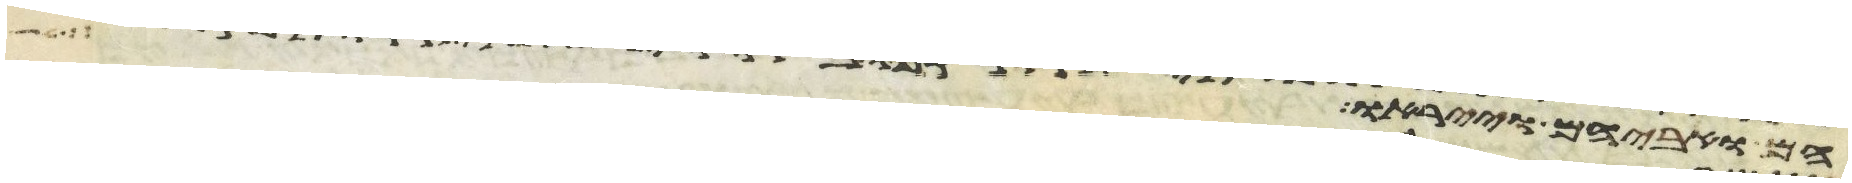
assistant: הם ואביהם וייראו